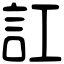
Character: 訌